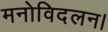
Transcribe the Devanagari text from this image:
मनोविदलन।